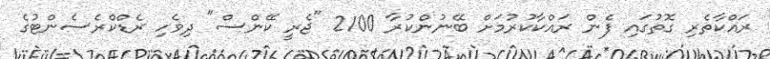
ރައްކާތެރި ގޮތުގައި ފެން ރައްކާކުރުމަށް ބޭނުންކުރާ 2100 "ޖެރީ ކޭންސް" ދިވެހި ރެޑްކްރެސެންޓުގެ